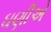
ઘણીએ